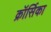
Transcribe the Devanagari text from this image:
क्रॉर्सिका